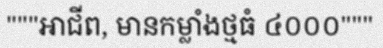
"""អាជីព, មានកម្លាំងថ្មធំ ៤០០០"""